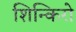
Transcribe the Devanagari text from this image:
शिन्किरो